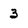
Character: 3